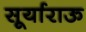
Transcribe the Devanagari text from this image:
सूर्याराऊ